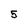
Character: 5